Report on vaccination North-West Frontier Province 1904-1922 - 1904-1922
Year: 1904
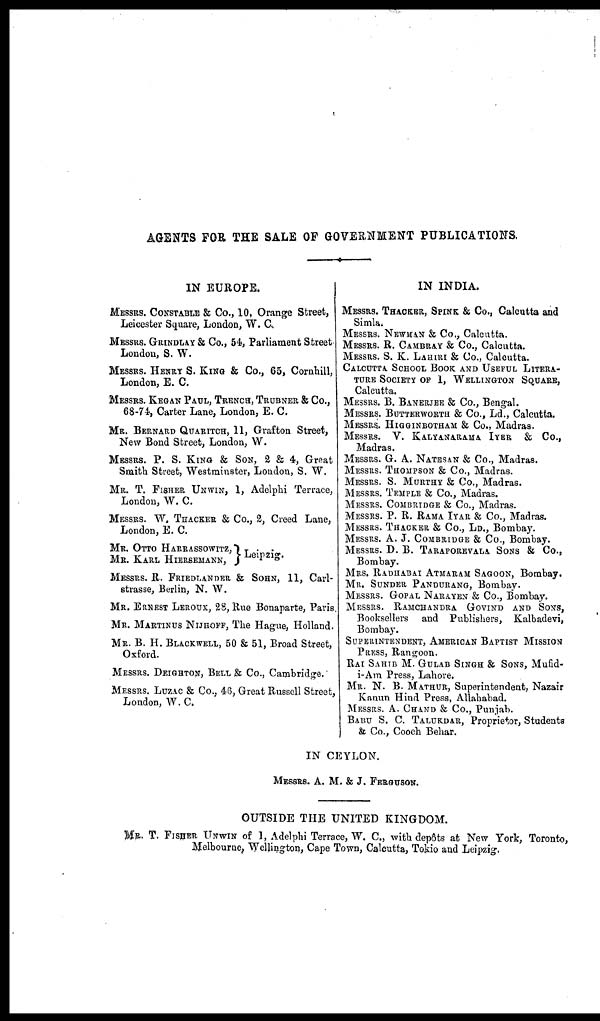
AGENTS FOR THE SALE OF GOVERNMENT PUBLICATIONS.
IN EUROPE.
MESSRS. CONSTABLE & Co., 10, Orange Street,
Leicester Square, London, W. C.
MESSRS. GRINDLAY & Co., 54, Parliament Street
London, S. W.
MESSRS. HENRY S. KING & Co., 65, Cornhill,
London, E. C.
MESSRS. KEGAN PAUL, TRENCH, TRUBNER & Co.,
68-74, Carter Lane, London, E. C.
MR. BERNARD QUARITCH, 11, Grafton Street,
New Bond Street, London, W.
MESSRS. P. S. KING & SON, 2 & 4, Great
Smith Street, Westminster, London, S. W.
MR. T. FISHER UNWIN, 1, Adelphi Terrace,
London, W. C.
MESSRS. W. THACKER & Co., 2, Creed Lane,
London, E. C.
MR. OTTO HARRASSOWITZ,
MR. KARL HIERSEMANN,
Leipzig.
MESSRS. R. FRIEDLANDER & SOHN, 11, Carl¬
strasse, Berlin, N. W.
MR. ERNEST LEROUX, 28, Rue Bonaparte, Paris.
MR. MARTINUS NIJHOFF, The Hague, Holland.
MR. B. H. BLACKWELL, 50 & 51, Broad Street,
Oxford.
MESSRS. DEIOHTON, BELL & Co., Cambridge.
MESSRS. LUZAC & Co., 46, Great Russell Street,
London, W. C.
IN INDIA.
MESSRS. THACKER, SPINK & Co., Calcutta and
Simla.
MESSRS. NEWMAN & Co., Calcutta.
MESSRS. R. CAMBRAY & Co., Calcutta.
MESSRS. S. K. LAHIRI & Co., Calcutta.
CALCUTTA SCHOOL BOOK AND USEFUL LITERA-
TURE SOCIETY OF 1, WELLINGTON SQUARE,
Calcutta.
MESSRS. B. BANERJEE & Co., Bengal.
MESSRS. BUTTERWORTH & Co., Ld., Calcutta.
MESSRS. HIGOINBOTHAM & Co., Madras.
MESSRS. V. KALYANARAMA IYER
& Co.,
Madras.
MESSRS. G. A. NATESAN & Co., Madras.
MESSRS. THOMPSON & Co., Madras.
MESSRS. S. MURTHY & Co., Madras.
MESSRS. TEMPLE & Co., Madras.
MESSRS. COMBRIDGE & Co., Madras.
MESSRS. P. R. RAMA IYAR & Co., Madras.
MESSRS. THACKER & Co., LD., Bombay.
MESSRS. A. J. COMBRIDGE & Co., Bombay.
MESSRS. D. B. TARAPOREVALA SONS & Co.,
Bombay.
MRS. RADHABAI ATMARAM SAGOON, Bombay.
MR. SUNDER PANDURANG, Bombay.
MESSRS. GOPAL NARAYEN & Co., Bombay.
MESSRS. RAMCHANDRA GOVIND AND SONS,
Booksellers and Publishers, Kalbadevi,
Bombay.
SUPERINTENDENT, AMERICAN BAPTIST MISSION
PRESS, Rangoon.
RAI SAHIB M. GULAB SINGH & SONS, Mufid-
i-Am Press, Lahore.
MR. N. B. MATHUR, Superintendent, Nazair
Kanun Hind Press, Allahabad.
MESSRS. A. CHAND & Co., Punjab.
BABU S. C. TALUKDAR, Proprietor, Students
& Co., Cooch Behar.
IN CEYLON.
MESSRS. A. M. & J. FERGUSON.
OUTSIDE THE UNITED KINGDOM.
MR. T. FISHER UNWIN of 1, Adelphi Terrace, W. C., with depôts at New York, Toronto,
Melbourne, Wellington, Cape Town, Calcutta, Tokio and Leipzig.